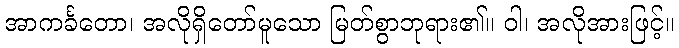
အာကင်္ခတော၊ အလိုရှိတော်မူသော မြတ်စွာဘုရား၏။ ဝါ၊ အလိုအားဖြင့်။